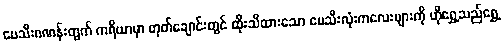
ပေသီးဂဏန်းတွက် ကရိယာမှာ တုတ်ချောင်းတွင် ထိုးသီထားသော ပေသီးလုံးကလေးများကို ဟိုရွှေ့သည်ရွှေ့